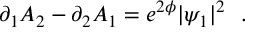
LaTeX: \partial _ { 1 } A _ { 2 } - \partial _ { 2 } A _ { 1 } = e ^ { 2 \phi } | \psi _ { 1 } | ^ { 2 } ~ ~ .